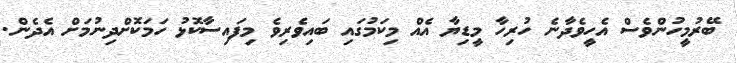
ބޭރުމީހުންވެސް އެހީވެދާނެ ހުރިހާ މީޑިޔާ އެއް މިކަމުގައި ބައިވެރިވެ މިފައިސާކޮޅު ހަމަކޮށްދިނުމަށް އެދެން.